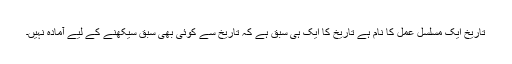
تاریخ ایک مسلسل عمل کا نام ہے تاریخ کا ایک ہی سبق ہے کہ تاریخ سے کوئی بھی سبق سیکھنے کے لیے آمادہ نہیں۔